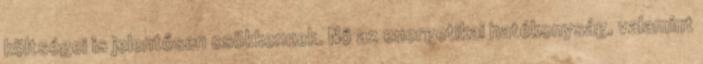
költségei is jelentősen csökkennek. Nő az energetikai hatékonyság, valamint